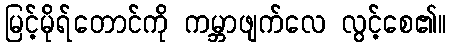
မြင့်မိုရ်တောင်ကို ကမ္ဘာဖျက်လေ လွင့်စေ၏။